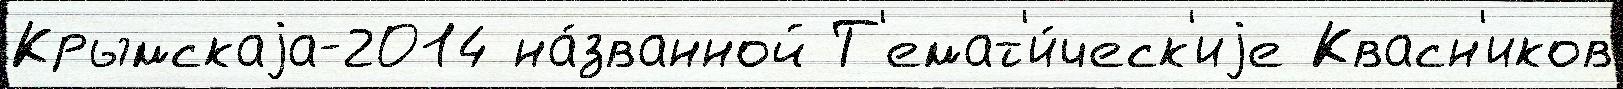
Крымскаjа-2014 на́званной Т'емат'и́ческ'иjе Квасн'иков